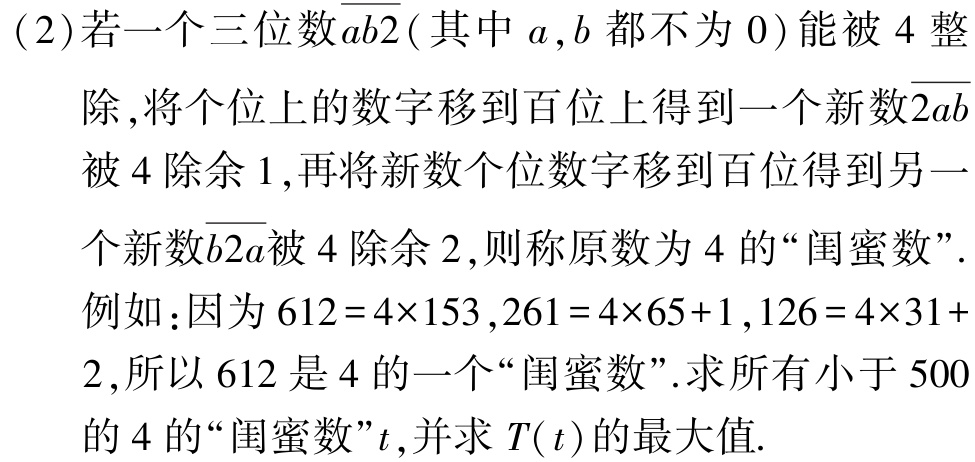
(2)若一个三位数$\overline{ab2}$(其中$a,b$都不为$0$)能被$4$整除，将个位上的数字移到百位上得到一个新数$\overline{2ab}$被$4$除余$1$，再将新数个位数字移到百位得到另一个新数$\overline{b2a}$被$4$除余$2$，则称原数为$4$的“闺蜜数”.
例如：因为$612 = 4\times153$，$261 = 4\times65 + 1$，$126 = 4\times31+ 2$，所以$612$是$4$的一个“闺蜜数”.求所有小于$500$的$4$的“闺蜜数”$t$，并求$T(t)$的最大值.